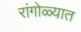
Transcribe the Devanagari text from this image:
रांगोळ्यात